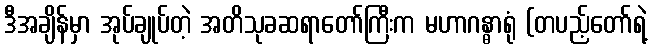
ဒီအချိန်မှာ အုပ်ချုပ်တဲ့ အတိသုခဆရာတော်ကြီးက မဟာဂန္ဓာရုံ (တပည့်တော်ရဲ့